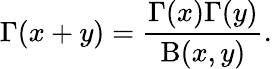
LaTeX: \Gamma(x+y)=\frac{\Gamma(x)\Gamma(y)}{\mathrm{B}(x,y)}.